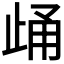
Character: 𪴷